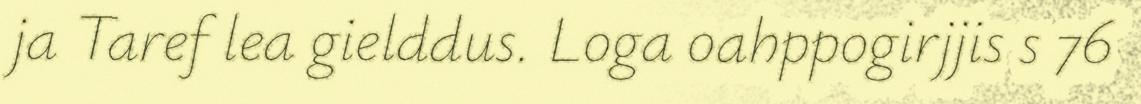
ja Taref lea gielddus. Loga oahppogirjjis s 76